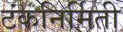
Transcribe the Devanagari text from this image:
टंकनिर्मिती